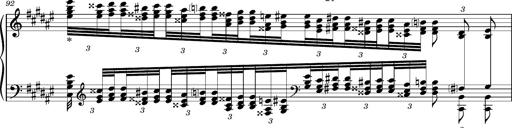
Title: Cavatine de Robert le Diable
Composer: Franz Liszt
Key: F-sharp minor